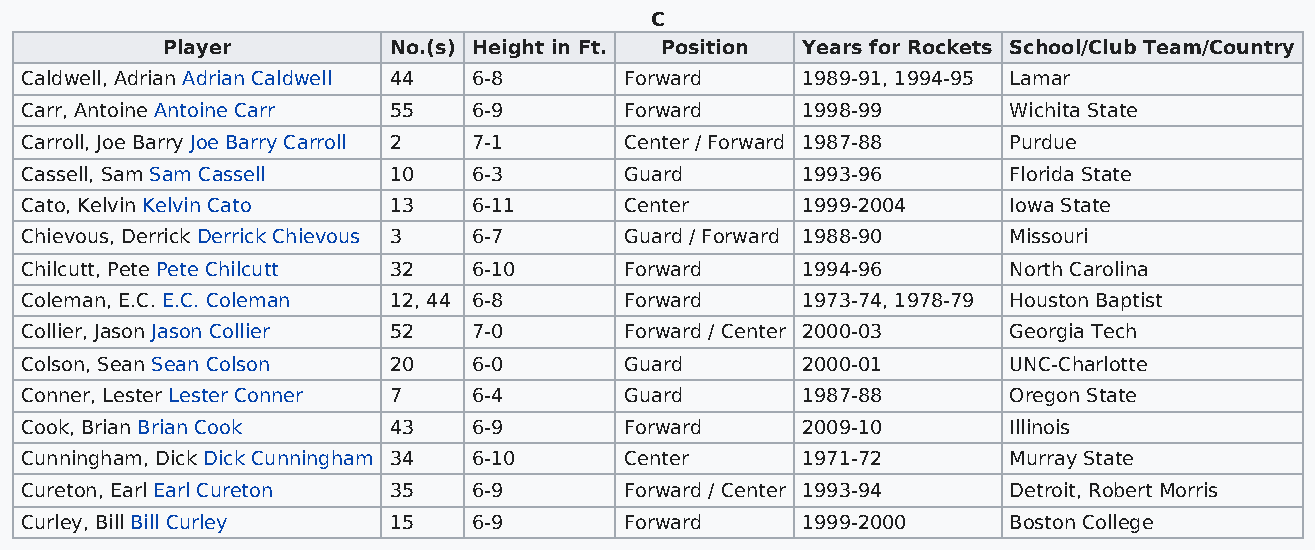
C
 Player         No.(s) Height in Ft. Position Years for Rockets School/Club Team/Country
 Caldwell, Adrian Adrian Caldwell 44 6-8 Forward     1989-91, 1994-95 Lamar
 Carr, Antoine Antoine Carr 55 6-9       Forward     1998-99       Wichita State
 Carroll, Joe Barry Joe Barry Carroll 2 7-1 Center / Forward 1987-88 Purdue
 Cassell, Sam Sam Cassell 10   6-3       Guard       1993-96       Florida State
 Cato, Kelvin Kelvin Cato 13   6-11      Center      1999-2004     Iowa State
 Chievous, Derrick Derrick Chievous 3 6-7 Guard / Forward 1988-90  Missouri
 Chilcutt, Pete Pete Chilcutt 32 6-10    Forward     1994-96       North Carolina
 Coleman, E.C. E.C. Coleman 12, 44 6-8   Forward     1973-74, 1978-79 Houston Baptist
 Collier, Jason Jason Collier 52 7-0     Forward / Center 2000-03  Georgia Tech
 Colson, Sean Sean Colson 20   6-0       Guard       2000-01       UNC-Charlotte
 Conner, Lester Lester Conner 7 6-4      Guard       1987-88       Oregon State
 Cook, Brian Brian Cook   43   6-9       Forward     2009-10       Illinois
 Cunningham, Dick Dick Cunningham 34 6-10 Center     1971-72       Murray State
 Cureton, Earl Earl Cureton 35 6-9       Forward / Center 1993-94  Detroit, Robert Morris
 Curley, Bill Bill Curley 15   6-9       Forward     1999-2000     Boston College